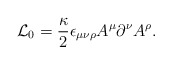
\begin{align*}{\cal L}_0=\frac{\kappa}{2}\epsilon_{\mu\nu\rho}A^\mu\partial^\nu A^\rho.\end{align*}